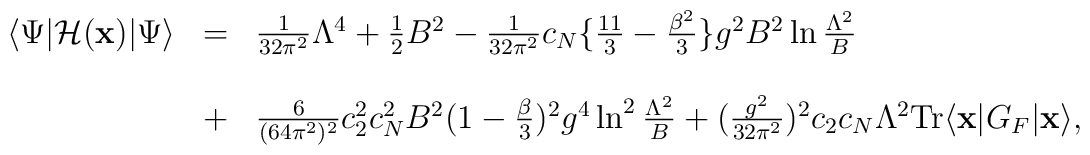
\begin{array}{lll} \langle \Psi|{\cal H}({\bf x})|\Psi\rangle&=&\frac{1}{32\pi^2} \Lambda^4 + \frac{1}{2}B^2-\frac{1}{32 \pi^2} c_N\{ \frac{11}{3} - \frac{\beta^2}{3} \} g^2 B^2 \ln \frac{\Lambda^2}{B} \\&& \\ &+& \frac{6}{(64 \pi^2)^2} c_2^2 c_N^2 B^2 (1-\frac{\beta}{3})^2 g^4 \ln^2 \frac{\Lambda^2}{B} +(\frac{g^2}{32 \pi^2})^2 c_2 c_N \Lambda^2 {\rm Tr} \langle {\bf x}|G_F|{\bf x} \rangle,\end{array}